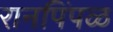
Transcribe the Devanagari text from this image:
रानपिंपळ